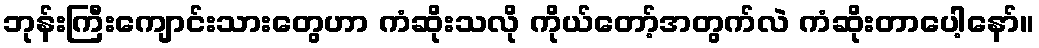
ဘုန်းကြီးကျောင်းသားတွေဟာ ကံဆိုးသလို ကိုယ်တော့်အတွက်လဲ ကံဆိုးတာပေါ့နော်။